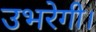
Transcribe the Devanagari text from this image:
उभरेगी।